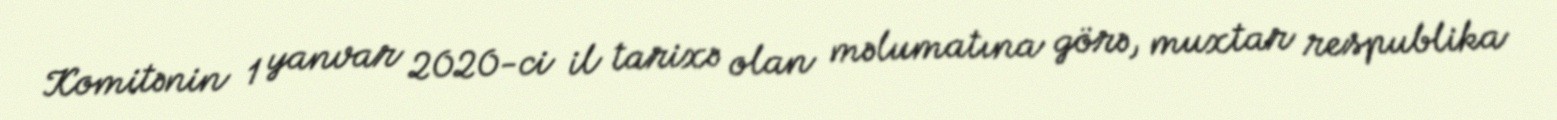
Komitənin 1 yanvar 2020-ci il tarixə olan məlumatına görə, muxtar respublika